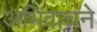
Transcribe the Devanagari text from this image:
अभिवाचने